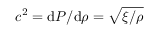
c ^ { 2 } = \mathrm { d } P / \mathrm { d } \rho = \sqrt { \xi / \rho }